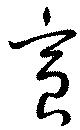
寅